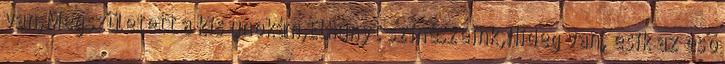
van,Megszületett a kis unokám,Elhunyt szinészeink,Hideg van, esik az eső